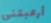
أرعبتني